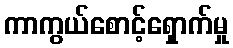
ကာကွယ်စောင့်ရှောက်မှု